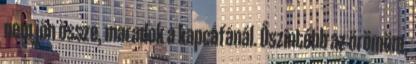
nem jön össze, maradok a kapcafánál. Őszintébb az örömöm,